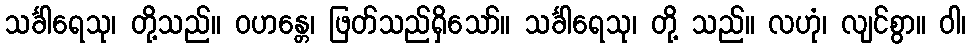
သင်္ခါရေသု၊ တို့သည်။ ဝဟန္တေ၊ ဖြတ်သည်ရှိသော်။ သင်္ခါရေသု၊ တို့ သည်။ လဟုံ၊ လျင်စွာ။ ဝါ၊